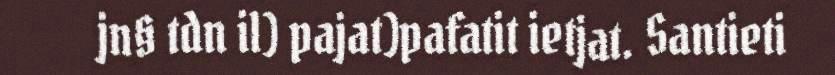
jn§ tdn il) pajat)pafatit ietjat. Santieti